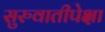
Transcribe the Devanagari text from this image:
सुरुवातीपेक्षा